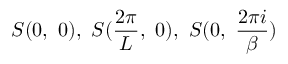
S ( 0 , \ 0 ) , \ S ( \frac { 2 \pi } { L } , \ 0 ) , \ S ( 0 , \ \frac { 2 \pi i } { \beta } )